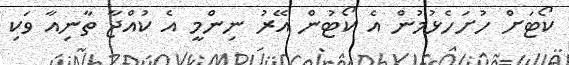
ކޯޓަށް ހުށަހެޅުމުން އެ ކޯޓުން އޭރު ނިންމީ އެ ކުއްޖާ ތާނިއާ ވަކި